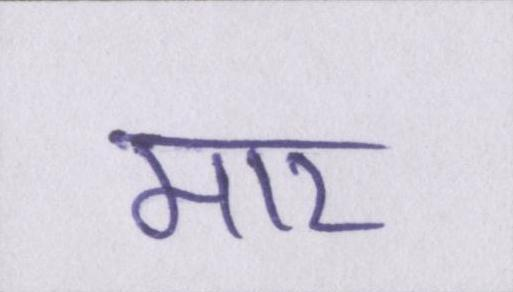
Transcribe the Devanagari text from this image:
मार